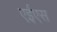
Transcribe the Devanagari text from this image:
एईएस